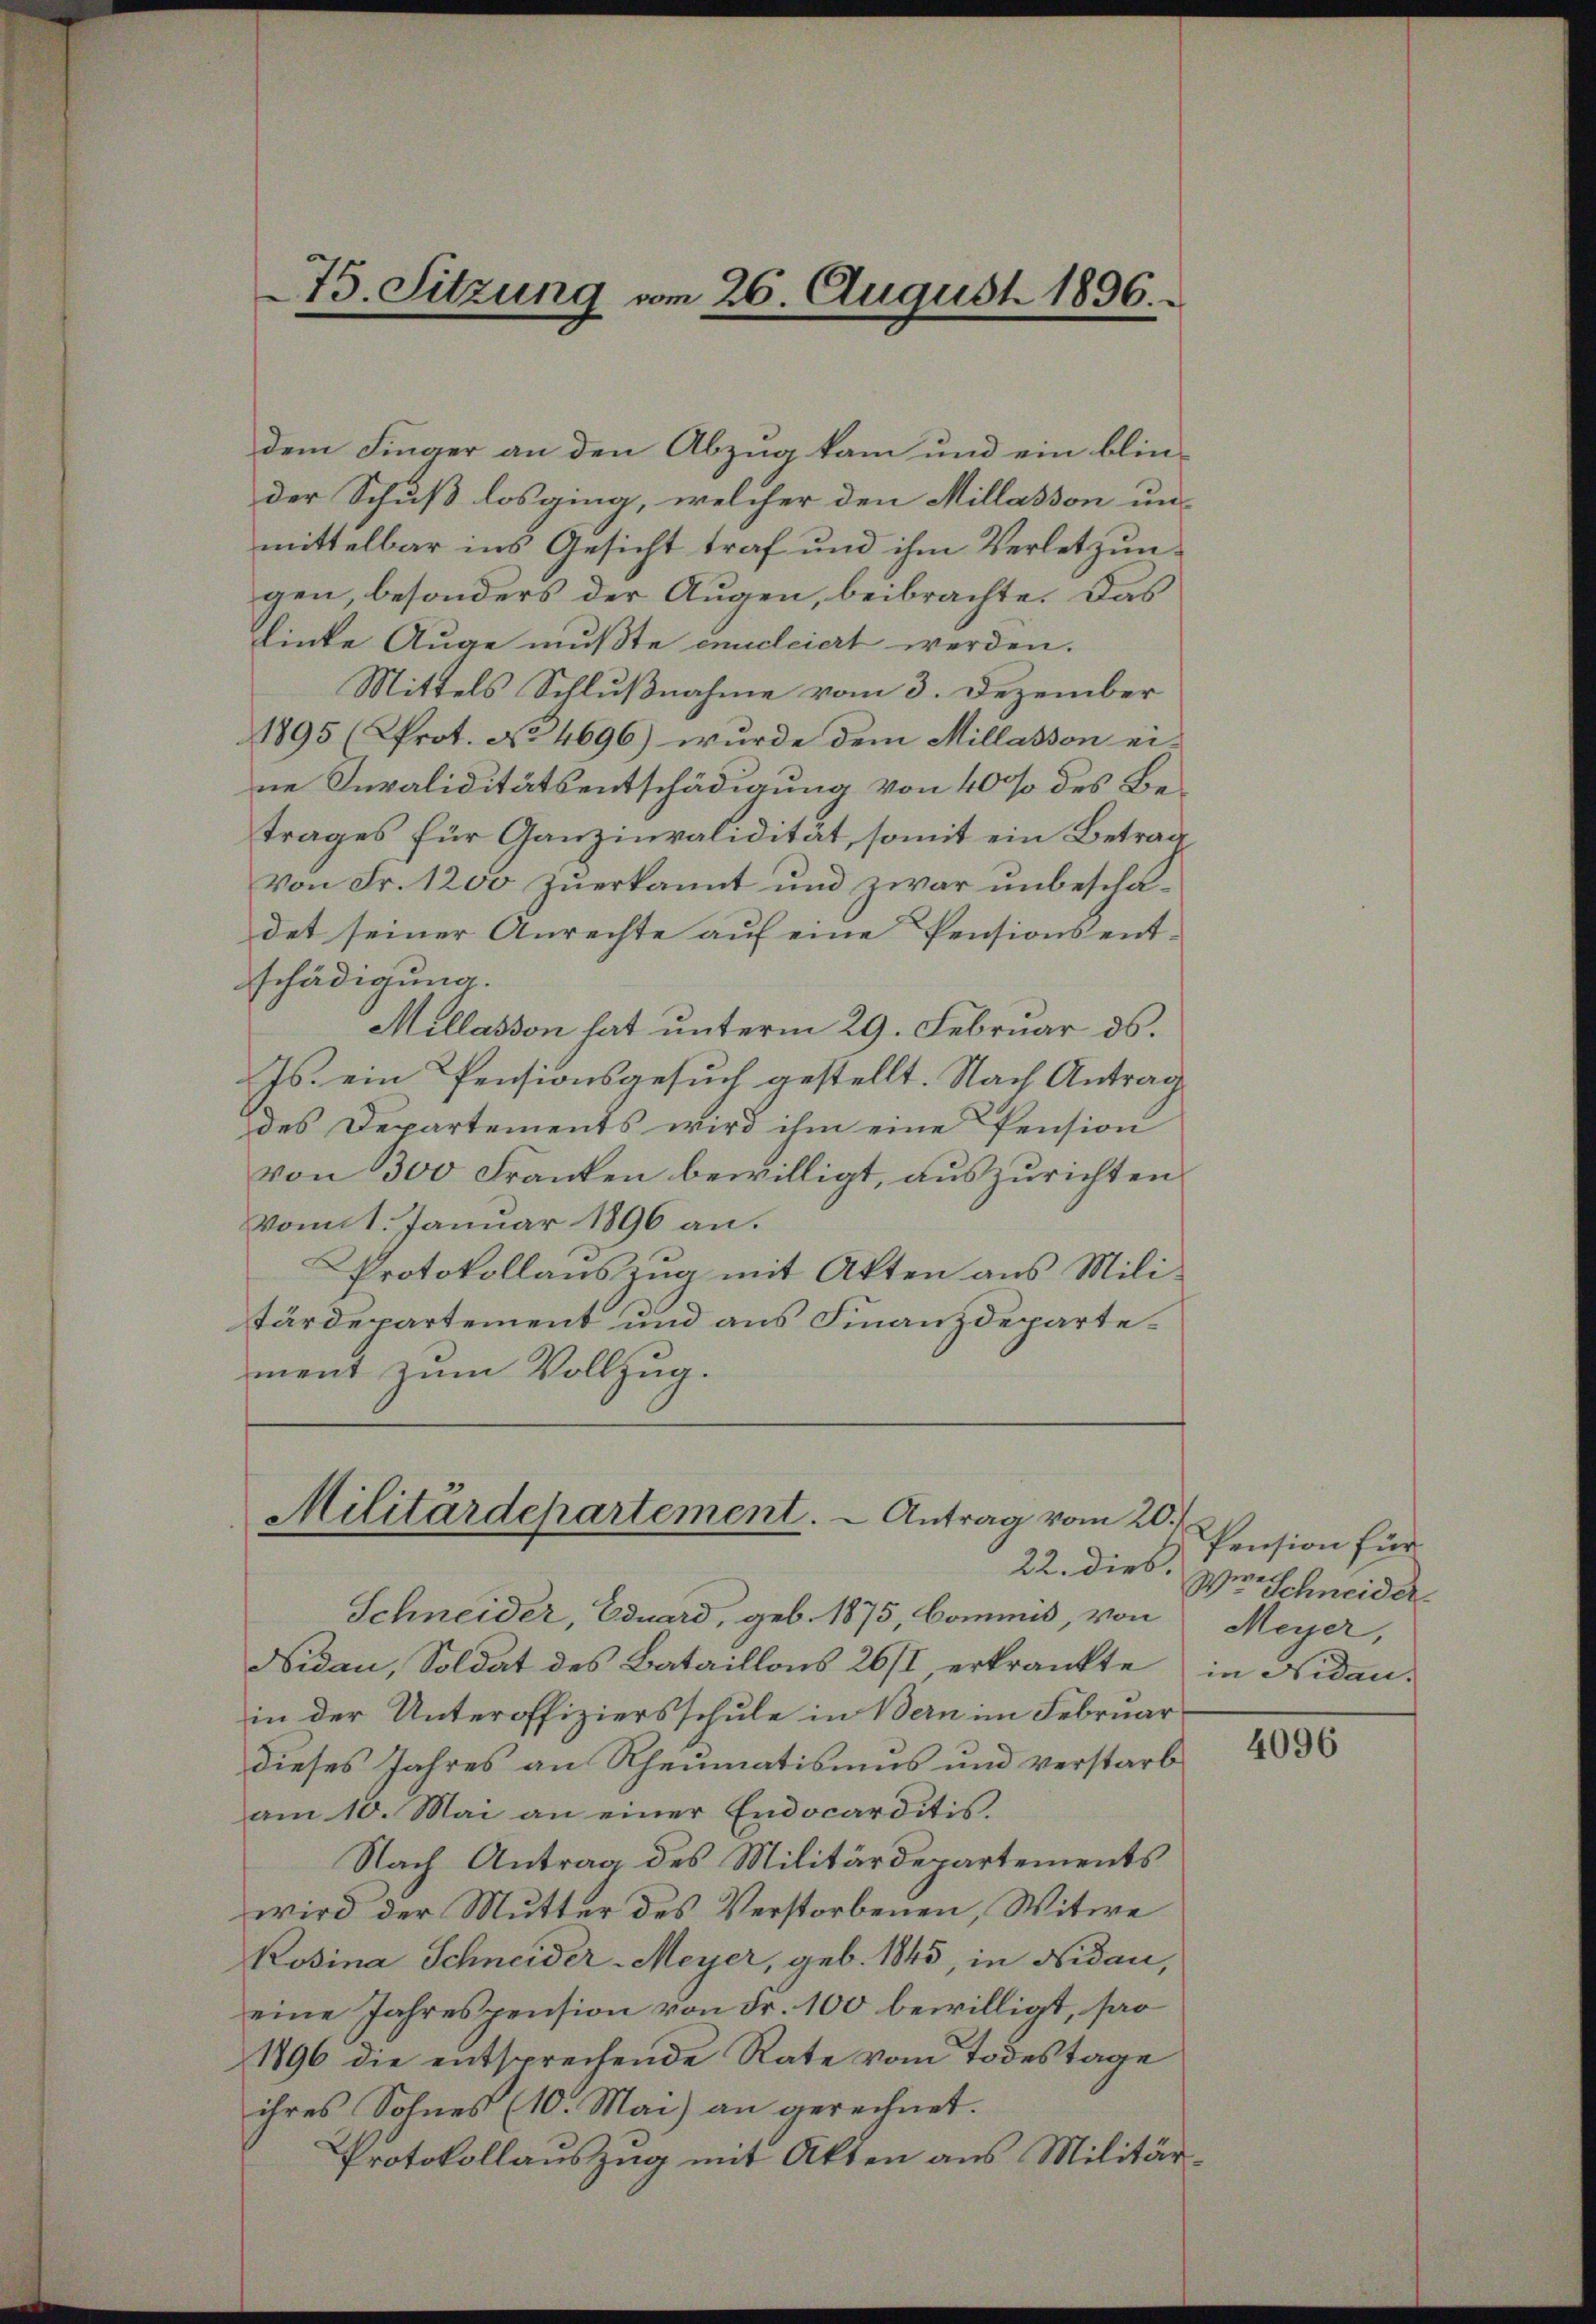
dem Finger an den Abzug kam und ein blinder Schuß losging, welcher den Millasson unmittelbar ins Gesicht traf und ihm Verletzungen, besonders der Augen, beibrachte. Das
Linke Auge mußte encleiert werden.
Mittels Schlußnahme vom 3. Dezember
1895 (Prot. No 4696) wurde dem Millasson ei-
ne Invaliditätsentschädigung von 40% des Betrages für Ganzinvalidität, somit ein Betrag
Von Fr. 1200 zuerkannt und zwar unbeschädet seiner Anrechte aŭf eine Pensionsent-
schädigung.
Millasson hat unterm 29. Februar ds.
Js. ein Pensionsgesuch gestellt. Nach Antrag
des Departements wird ihm eine Pension
von 300 Franken bewilligt, auszurichten.
vom 1. Januar 1896 an.
Protokollauszug mit Akten aus Mili-
tärdepartement und aus Finanzdepartement zum Vollzug.

75. Sitzung am 26. August 1896.

Militärdepartement. - Antrag vom 20.
22. dies.

Schneider, Eduard, geb. 1875, Commis, von
Nidau, Soldat des Bataillons 26/1 erkränkte in Nidau-
in der Unteroffiziersschule in Bern im Februar
dieses Jahres an Rheumatismus und verstarb
am 10. Mai an einer Endocarditis.
Nach Antrag des Militärdepartements
wird der Mutter des Verstorbenen, Witwe
Rosina Schneider-Meyer, geb. 1845, in Nidau,
eine Jahrespension von Fr. 100 bewilligt, sa
1896 die entsprechende Rate vom Todestage
ihres Sohnes (10. Mai) an gerechnet.
Protokollauszug mit Akten aus Militär¬

Pension für
Were Schneider
Meyer,

4096